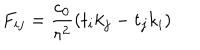
F _ { i j } = { \frac { c _ { 0 } } { r ^ { 2 } } } ( t _ { i } k _ { j } - t _ { j } k _ { i } )